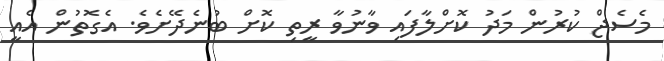
މެސެޖް ކުރުން މަދު ކޮށްލާފައި ވާނުވާ ރީތި ކޮށް ބުނެދޭށެވެ. އެގޮތުން އެއީ